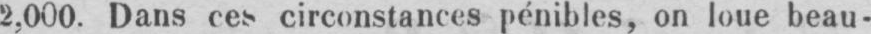
2,000. Dans ces circonstances pénibles, on loue beau-